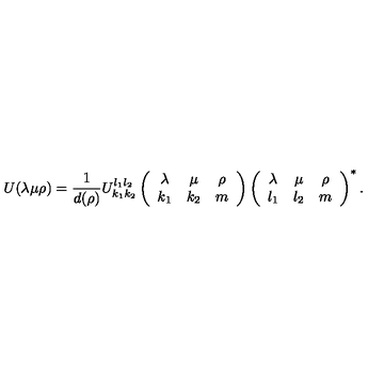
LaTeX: U ( \lambda \mu \rho ) = { \frac { 1 } { d ( \rho ) } } U _ { k _ { 1 } k _ { 2 } } ^ { l _ { 1 } l _ { 2 } } \left( \begin{array} { c c c } { \lambda } & { \mu } & { \rho } \\ { k _ { 1 } } & { k _ { 2 } } & { m } \\ \end{array} \right) \left( \begin{array} { c c c } { \lambda } & { \mu } & { \rho } \\ { l _ { 1 } } & { l _ { 2 } } & { m } \\ \end{array} \right) ^ { \ast } .